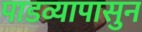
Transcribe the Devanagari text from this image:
पाडव्यापासुन